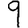
Digit: 9